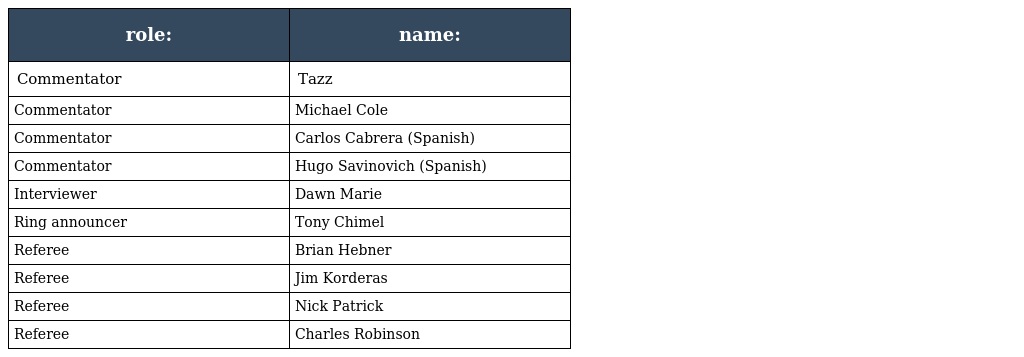
| role: | name: |
 | --- | --- |
 | Commentator | Tazz |
 | Commentator | Michael Cole |
 | Commentator | Carlos Cabrera (Spanish) |
 | Commentator | Hugo Savinovich (Spanish) |
 | Interviewer | Dawn Marie |
 | Ring announcer | Tony Chimel |
 | Referee | Brian Hebner |
 | Referee | Jim Korderas |
 | Referee | Nick Patrick |
 | Referee | Charles Robinson |